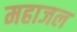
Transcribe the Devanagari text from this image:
महाजल